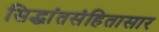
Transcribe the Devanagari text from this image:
सिद्धांतसंहितासार